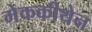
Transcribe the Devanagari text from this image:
मेककीथेन